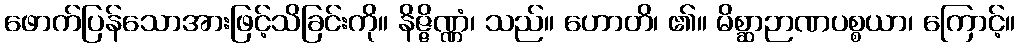
ဖောက်ပြန်သောအားဖြင့်သိခြင်းကို။ နိဇ္ဇိဏ္ဏံ၊ သည်။ ဟောတိ၊ ၏။ မိစ္ဆာဉာဏပစ္စယာ၊ ကြောင့်။